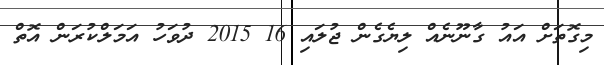
މިގޮތަށް އައު ގާނޫނެއް ލިޔެގެން ޖުލައި 16 2015 ދުވަހު އަމަލްކުރަން އޮތް